Report on vaccination in the Province of Bengal - 1874-1889
Year: 1874
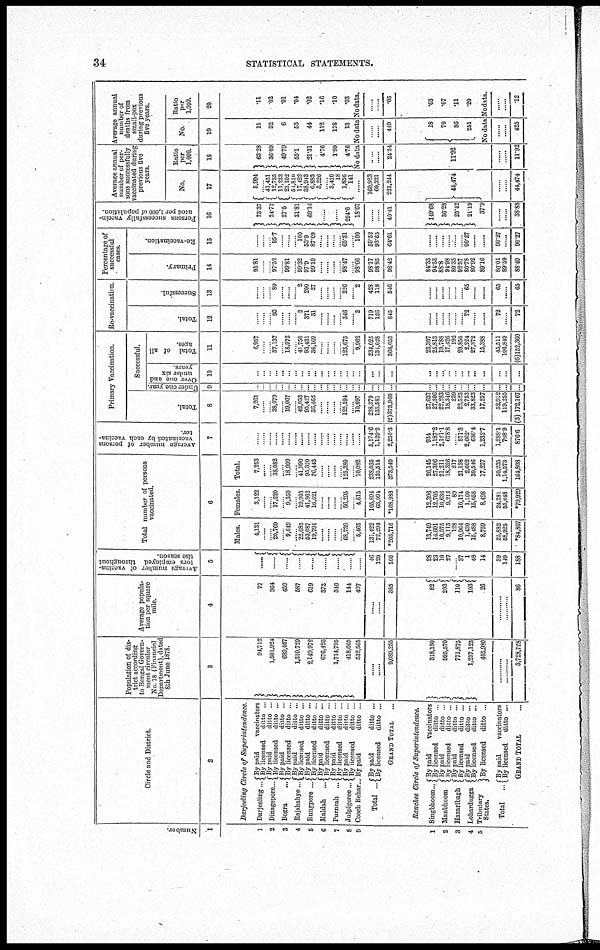
34
STATISTICAL STATEMENTS.
Number.
1
1
2
3
4
5
6
7
8
9
1
2
3
4
5
Circle and District.
2
Darjeeling Circle of Superintendence.
Darjeeling
Dinagepore..
Bogra ...
Rajshahye ...
Rungpore ...
Maldah ...
Purneah ...
Julpigoree ...
Cooch Behar...
Total ...
By paid
vaccinators
By licensed
ditto ...
By paid
ditto ...
By licensed
ditto ...
By paid
ditto ...
By licensed
ditto ...
By paid
ditto ...
By licensed
ditto ...
By paid
ditto ...
By licensed
ditto ...
By paid
ditto ...
By licensed
ditto ...
By paid
ditto ...
By licensed
ditto ...
By paid
ditto ...
By licensed
ditto ...
By paid
ditto ...
By paid
ditto ...
By licensed
ditto ...
GRAND TOTAL ...
Ranchee Circle of Superintendence.
Singbhoom..
Manbhoom
Hazaribagh
Lohardugga
Tributary
States.
Total
...
By paid
vaccinators
By licensed
ditto ...
By paid
ditto ...
By licensed
ditto ...
By paid
ditto ...
By licensed
ditto ...
By paid
ditto ...
By licensed
ditto ...
By licensed ditto ...
By paid
vaccinators
By licensed
ditto ...
GRAND TOTAL ...
Population of dis-
trict according
to Bengal Govern-
ment circular
No. 18 (Financial
Department), dated
8th June 1873.
3
94,712
1,501,924
689,467
1,310,729
2,149,972
676,426
1,714,795
418,665
532,565
......
9,089,255
318,180
995,570
771,875
1,237,123
405,980
......
......
3,728,728
Average popula-
tion per square
mile.
4
77
364
459
587
619
373
340
144
407
......
......
385
82
203
110
103
26
......
......
86
Average number of vaccina-
tors employed throughout
the season.
5
......
...
......
......
......
......
......
......
......
46
120
166
28
23
10
27
......
37
1
48
14
39
149
188
Total number of persons
vaccinated.
6
Males.
4,131
...... ...... 20,769
...... 9,649
...... 22,085
53,087
19,791
...... ......
......
......
68,739
......
5,465
131,422
72,294
*203,716
13,749
14,601
10,575
9,113
128
10,964
1,430
15,488
8,759
25,882
58,925
*84,807
Females.
3,122
......
...... 17,220
...... 9,350
...... 19,903
41,862
16,621
...... ......
......
......
56,295
......
4,615
105,894
63,094
*168,988
12,396
12,705
10,636
9,213
89
10,174
1,160
15,058
8,498
24,281
55,648
*79,929
Total.
7,253
...... ......
38,082
...... 18,999
...... 41,990
95,320
36,443
...... ......
......
......
125,380
......
10,082
238,035
135,514
373,549
26,145
27,306
21,211
18,326
217
21,138
2,662
30,546
17,257
50,235
1,14,573
164,808
Average number of persons
vaccinated by each vaccina-
tor.
7
......
......
......
......
...... ......
...... ......
...... ......
...... ......
......
......
......
......
......
5,174.6
1,129.2
2,250.3
934
1,187.2
2,121.1
678.8
... 571.3
2,662.
636.4
1,232.7
1,288.1
768.9
876.6
Primary Vaccination.
Total.
8
7,261
...... ...... 38,079
...... 19,007
...... 42,033
95,427
36,462
...... ......
......
......
125,594
......
10,097
238,379
135,581
(2)373,960
27,637
27,306
22,283
18,346
239
22,523
2,753
33,823
17,257
52,912
119,255
(3) 172,167
Successful.
Under one year.
9
...
... ... ...
...
...
... ...
...
...
... ...
...
...
...
...
...
...
...
...
...
...
...
...
...
...
...
...
...
...
...
...
Over one and
under six
years.
10
...
...
... ...
... ...
...
...
... ...
... ...
...
...
...
...
...
...
...
...
...
...
...
...
...
...
...
...
...
...
...
...
Total of all
ages.
11
6,957
...... ...... 37,137
...... 18,972
...... 41,750
93,431
36,169
...... ......
......
......
123,675
......
9,962
234,025
134,028
368,053
23,307
25,813
19,788
17,426
192
20,850
2,224
27,372
15,388
45,511
106,849
(6)152,360
Re-vaccination.
Total.
12
......
...... ...... 93
...... ......
...... 2
371
31
......
......
......
......
346
......
2
719
126
845
......
......
......
......
......
......
72
......
......
72
......
72
Successful.
13
......
...... ...... 89
......
......
...... 2
200
27
...... ......
......
......
226
......
2
428
118
546
......
......
......
......
......
......
65
......
......
65
......
65
Percentage of
successful
cases.
Primary.
14
95.81
...... ...... 97.52
...... 99.81
...... 99.32
97.9
99.19
......
......
......
......
98.47
......
98.66
98.17
98.85
98.42
84.33
94.53
88.8
94.98
80.33
92.57
80.78
80.92
89.16
86.01
89.59
88.49
Re-vaccination.
15
......
...... ...... 95.7
...... ......
...... 100
53.9
87.09
...... ......
......
......
65.31
......
100
59.52
93.65
64.61
......
......
......
......
......
......
90.27
......
......
90.27
......
90.27
Persons successfully vaccin-
ated per 1,000 of population.
16
73.37
24.72
27.5
31.81
60.14
......
......
294.6
18.67
......
......
40.41
149.68
36.28
25.42
21.19
37.9
......
......
38.88
Average annual
number of per-
sons successfully
vaccinated during
previous five
years.
No.
17
5,994
41,451
12,755
11,233
23,102
54,810
17,422
38,943
6,883
3,226
......
3,410
18
1,856
141
......
160,923
60,321
221,244
44,474
......
......
44,474
Ratio
per
1,000.
18
63.28
63.09
49.79
55.1
21.31
4.76
1.99
4.76
Average annual
number of
deaths from
small-pox
during previous
five years.
No.
19
11
32
6
53
44
112
178
13
Ratio
per
1,000.
20
.11
.02
.01
.04
.02
.16
.10
.03
No data No data No data.
......
......
24.34
11.92
......
......
11.92
......
......
449
18
70
86
251
......
......
.05
.05
.07
.11
.20
No data No data.
......
......
425
......
......
*12